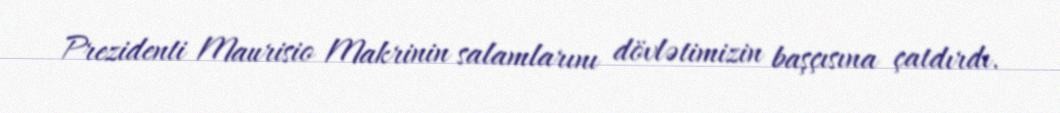
Prezidenti Maurisio Makrinin salamlarını dövlətimizin başçısına çatdırdı.